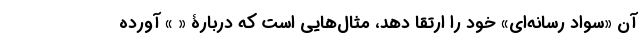
آن «سواد رسانه‌ای» خود را ارتقا دهد، مثال‌هایی است که دربارۀ « » آورده